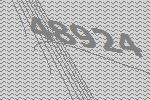
48924